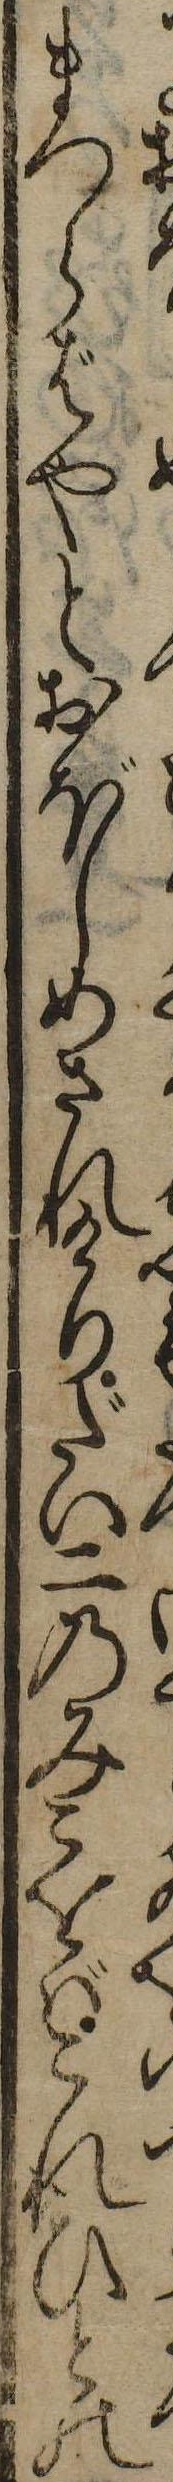
まつらばやとおぼしめされけりだい二のみこをばこれひとの